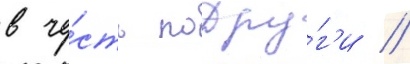
в че́сть подру́г'и /